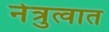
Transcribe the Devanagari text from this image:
नेत्रुत्वात